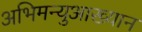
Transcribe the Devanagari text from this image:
अभिमन्युआख्यान